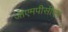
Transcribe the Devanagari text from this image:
जीएमपीसीएम